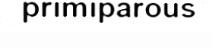
primiparous